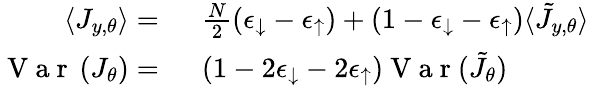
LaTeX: \begin{array}{rl}{\langle J_{y,\theta}\rangle=~}&{{}\frac{N}{2}(\epsilon_{\downarrow}-\epsilon_{\uparrow})+(1-\epsilon_{\downarrow}-\epsilon_{\uparrow})\langle\tilde{J}_{y,\theta}\rangle}\\ {\mathrm{~V~a~r~}\left(J_{\theta}\right)=~}&{{}(1-2\epsilon_{\downarrow}-2\epsilon_{\uparrow})\mathrm{~V~a~r~}(\tilde{J_{\theta}})}\end{array}